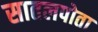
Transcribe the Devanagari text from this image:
सातलपोता